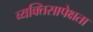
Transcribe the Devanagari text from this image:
व्यक्तिसापेक्षता